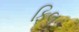
ફિલ